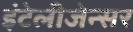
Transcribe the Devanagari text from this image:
इंटेलीजेन्सर